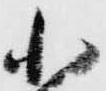
小